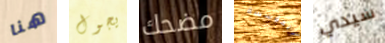
هنا يجول مضحك المؤسسة سيدي